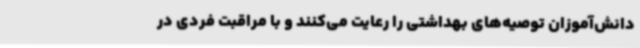
دانش‌آموزان توصیه‌های بهداشتی را رعایت می‌کنند و با مراقبت فردی در